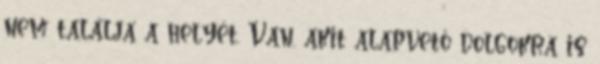
nem találja a helyét. Van, akit alapvető dolgokra is